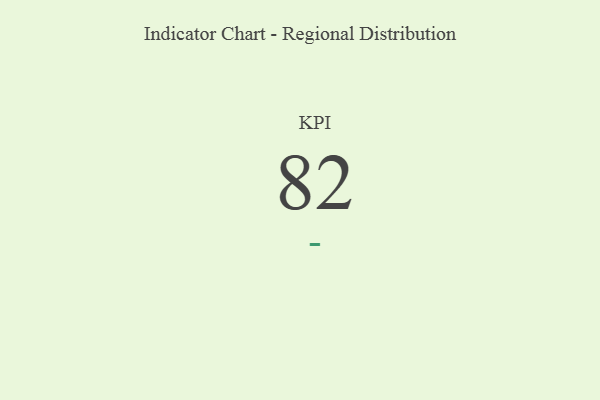
{"axis": {"x": "KPI", "y": "Value"}, "legend": [""], "data": [{"x": "KPI", "y": 82, "type": ""}]}